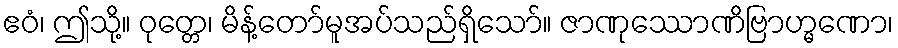
ဧဝံ၊ ဤသို့။ ဝုတ္တေ၊ မိန့်တော်မူအပ်သည်ရှိသော်။ ဇာဏုဿောဏိဗြာဟ္မဏော၊